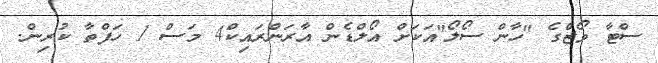
ސްޓާ ވޯޒްގެ "ހާން ސޯލޯ"އަކަށް އޯލްޑެން އާރަންރައިކް4 މަސް 1 ހަފްތާ ކުރިން.